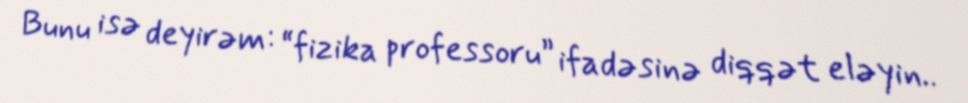
Bunu isə deyirəm: “fizika professoru” ifadəsinə diqqət eləyin..